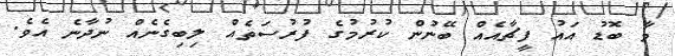
މާ ބޮޑު އައު ފީޗާއެއް ބޭނުން ކުރުމުގެ ފުރުސަތެއް ލިބިގެނެއް ނުދާނެ އެވެ.